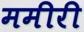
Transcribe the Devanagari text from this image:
ममीरी